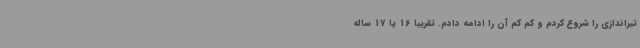
تیراندازی را شروع کردم و کم کم آن را ادامه دادم. تقریبا 16 یا 17 ساله